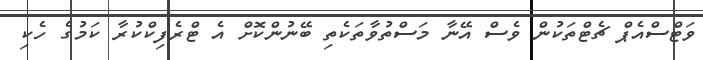
ވަޓްސްއެޕް ޗެޓްތަކުން ވެސް އޭނާ މަސްތުވާތަކެތި ބޭނުންކޮށް އެ ޓްރެފިކްކުރާ ކަމުގެ ހެކި